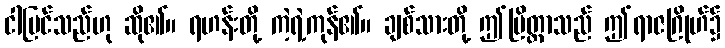
ငါမြင်သည်ဟု ဆို၏။ ရဟန်းတို့ ကဲ့ရဲ့ကုန်၏။ ချစ်သားတို့ ဤပြိတ္တာသည် ဤရာဇဂြိုဟ်၌